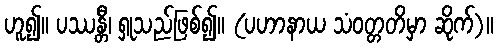
ဟူ၍။ ပဿန္တီ၊ ရှုသည်ဖြစ်၍။ (ပဟာနာယ သံဝတ္တတိမှာ ဆိုက်)။